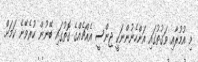
މި އުމުރާއި ވަގުތުގައި އަންހެނުންނަކީ ޖިންސީ އެއްޗެއްގެ ގޮތުގައި ބޭނުން ކުރެވޭނެ ކަމަށް